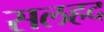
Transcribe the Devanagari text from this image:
सलहद